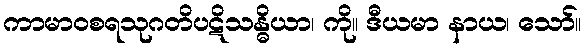
ကာမာဝစရသုဂတိပဋိသန္ဓိယာ၊ ကို။ ဒီယမာ နာယ၊ သော်။